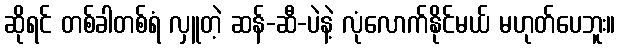
ဆိုရင် တစ်ခါတစ်ရံ လှူတဲ့ ဆန်-ဆီ-ပဲနဲ့ လုံလောက်နိုင်မယ် မဟုတ်ပေဘူး။